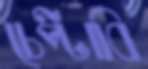
চেপ্‌টাবি